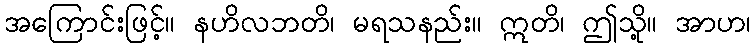
အကြောင်းဖြင့်။ နဟိလဘတိ၊ မရသနည်း။ ဣတိ၊ ဤသို့။ အာဟ၊